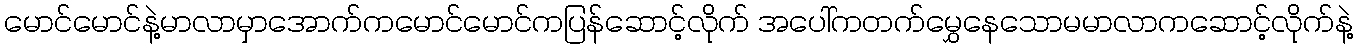
မောင်မောင်နဲ့မာလာမှာအောက်ကမောင်မောင်ကပြန်ဆောင့်လိုက် အပေါ်ကတက်မွှေနေသောမမာလာကဆောင့်လိုက်နဲ့